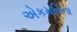
એકમતિના